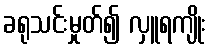
ခရုသင်းမှုတ်၍ လှူရကျိုး